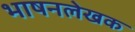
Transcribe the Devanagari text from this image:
भाषनलेखक